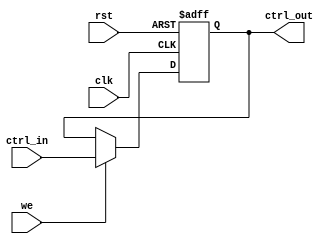
module control_register #(
    parameter N = 8 // Specify the width of the control register
)(
    input wire clk,           // Clock signal
    input wire rst,           // Asynchronous reset signal
    input wire [N-1:0] ctrl_in, // Control input signal
    input wire we,           // Write Enable signal
    output reg [N-1:0] ctrl_out // Control output signal
);

    // Asynchronous Reset and synchronous Write
    always @(posedge clk or posedge rst) begin
        if (rst) begin
            ctrl_out <= {N{1'b0}}; // Reset to predefined state (all zeros)
        end else if (we) begin
            ctrl_out <= ctrl_in; // Capture the control input value
        end
        // If we is low, ctrl_out retains its previous value
    end

endmodule